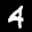
Label: 4